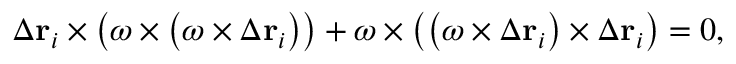
\Delta \mathbf { r } _ { i } \times \left( { \boldsymbol { \omega } } \times \left( { \boldsymbol { \omega } } \times \Delta \mathbf { r } _ { i } \right) \right) + { \boldsymbol { \omega } } \times \left( \left( { \boldsymbol { \omega } } \times \Delta \mathbf { r } _ { i } \right) \times \Delta \mathbf { r } _ { i } \right) = 0 ,